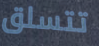
تتسلق